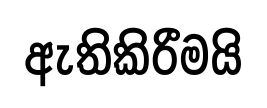
ඇතිකිරීමයි